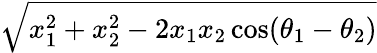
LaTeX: \sqrt{x_{1}^{2}+x_{2}^{2}-2x_{1}x_{2}\cos(\theta_{1}-\theta_{2})}